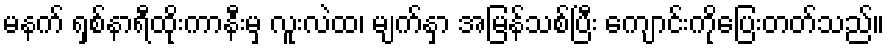
မနက် ရှစ်နာရီထိုးကာနီးမှ လူးလဲထ၊ မျက်နှာ အမြန်သစ်ပြီး ကျောင်းကိုပြေးတတ်သည်။